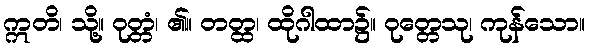
ဣတိ၊ သို့။ ဝုတ္တံ၊ ၏။ တတ္ထ၊ ထိုဂါထာ၌။ ဝုတ္တေသု၊ ကုန်သော။